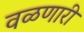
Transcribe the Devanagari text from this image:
वळणारी